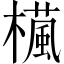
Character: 𣜳